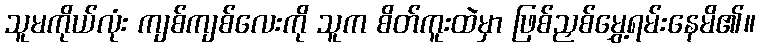
သူမကိုယ်လုံး ကျစ်ကျစ်လေးကို သူက စိတ်ကူးထဲမှာ ဖြစ်ညှစ်မွှေ့ရမ်းနေမိ၏။